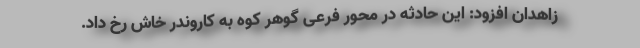
زاهدان افزود: این حادثه در محور فرعی گوهر کوه به کاروندر خاش رخ داد.